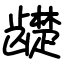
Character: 𬺓